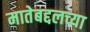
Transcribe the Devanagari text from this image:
मातेबद्दलच्या